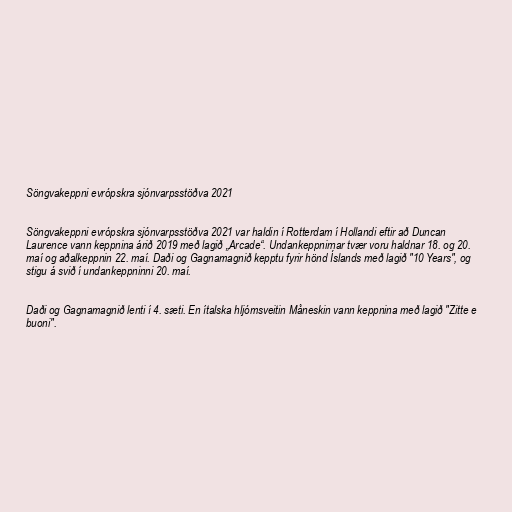
Söngvakeppni evrópskra sjónvarpsstöðva 2021

Söngvakeppni evrópskra sjónvarpsstöðva 2021 var haldin í Rotterdam í Hollandi eftir að Duncan
Laurence vann keppnina árið 2019 með lagið „Arcade“. Undankeppnirnar tvær voru haldnar 18. og 20.
maí og aðalkeppnin 22. maí. Daði og Gagnamagnið kepptu fyrir hönd Íslands með lagið "10 Years", og
stigu á svið í undankeppninni 20. maí.

Daði og Gagnamagnið lenti í 4. sæti. En ítalska hljómsveitin Måneskin vann keppnina með lagið "Zitte e
buoni".